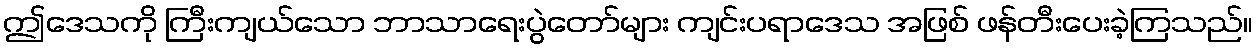
ဤဒေသကို ကြီးကျယ်သော ဘာသာရေးပွဲတော်များ ကျင်းပရာဒေသ အဖြစ် ဖန်တီးပေးခဲ့ကြသည်။